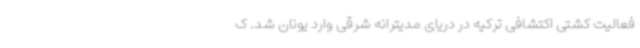
فعالیت کشتی اکتشافی ترکیه در دریای مدیترانه شرقی وارد یونان شد. ک